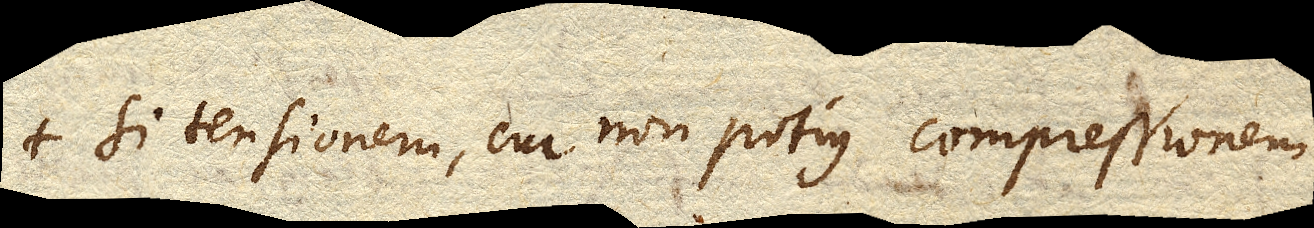
si tensionem, cur non potius compressionem,